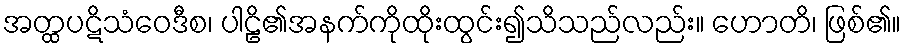
အတ္ထပဋိသံဝေဒီစ၊ ပါဠိ၏အနက်ကိုထိုးထွင်း၍သိသည်လည်း။ ဟောတိ၊ ဖြစ်၏။